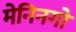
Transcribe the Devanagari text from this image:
मेनिनगो